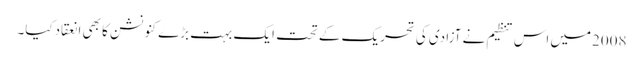
2008میں اس تنظیم نے آزادی کی تحریک کے تحت ایک بہت بڑے کنونشن کا بھی انعقادکیا۔